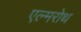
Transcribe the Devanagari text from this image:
एल्मरोथ